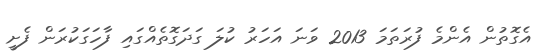
އެގޮތުން އެންމެ ފުރަތަމަ 2013 ވަނަ އަހަރު ކުލަ ގަދަގޮތެއްގައި ފާހަގަކުރަން ފެށީ